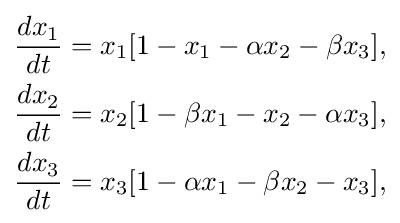
{\begin{aligned}{dx_{1} \over dt}&=x_{1}[1-x_{1}-\alpha x_{2}-\beta x_{3}],\\{dx_{2} \over dt}&=x_{2}[1-\beta x_{1}-x_{2}-\alpha x_{3}],\\{dx_{3} \over dt}&=x_{3}[1-\alpha x_{1}-\beta x_{2}-x_{3}],\end{aligned}}